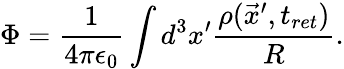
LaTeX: \Phi=\frac{1}{4\pi\epsilon_{0}}\int d^{3}x^{\prime}\frac{\rho(\vec{x}^{\prime},t_{ret})}{R}.